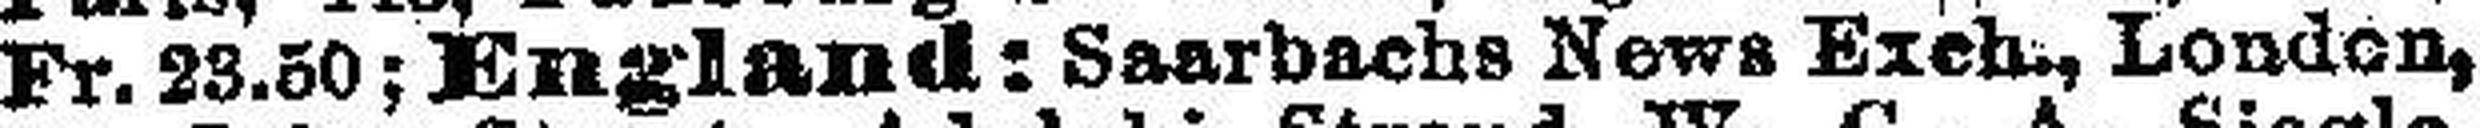
Fr. 23.50; England: Saarbachs News Exch., London,